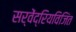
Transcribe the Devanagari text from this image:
सर्वेंद्रियविजिंत